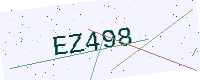
Text: EZ498